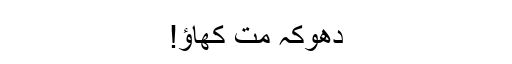
دھوکہ مت کھاؤ!